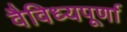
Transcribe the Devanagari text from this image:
वैविध्यपूर्णा